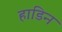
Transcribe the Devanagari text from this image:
हाडिन